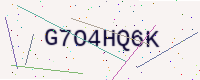
Text: G7O4HQ6K